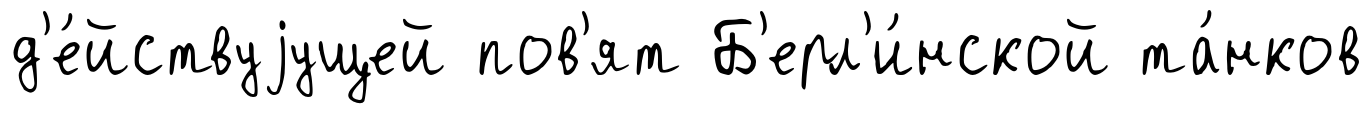
д'е́йствуjущей пов'ят Б'ерл'и́нской та́нков